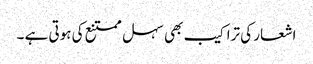
اشعار کی تراکیب بھی سہل ممتنع کی ہوتی ہے ۔